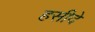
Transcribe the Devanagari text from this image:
हसीदे